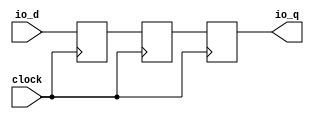
module NonSyncResetSynchronizerPrimitiveShiftReg_d3( // @[:freechips.rocketchip.system.DefaultRV32Config.fir@210488.2]
  input   clock, // @[:freechips.rocketchip.system.DefaultRV32Config.fir@210489.4]
  input   io_d, // @[:freechips.rocketchip.system.DefaultRV32Config.fir@210491.4]
  output  io_q // @[:freechips.rocketchip.system.DefaultRV32Config.fir@210491.4]
);
`ifdef RANDOMIZE_REG_INIT
  reg [31:0] _RAND_0;
  reg [31:0] _RAND_1;
  reg [31:0] _RAND_2;
`endif // RANDOMIZE_REG_INIT
  reg  sync_0; // @[SynchronizerReg.scala 59:68:freechips.rocketchip.system.DefaultRV32Config.fir@210493.4]
  reg  sync_1; // @[SynchronizerReg.scala 59:68:freechips.rocketchip.system.DefaultRV32Config.fir@210494.4]
  reg  sync_2; // @[SynchronizerReg.scala 59:68:freechips.rocketchip.system.DefaultRV32Config.fir@210495.4]
  assign io_q = sync_0; // @[SynchronizerReg.scala 67:10:freechips.rocketchip.system.DefaultRV32Config.fir@210500.4]
`ifdef RANDOMIZE_GARBAGE_ASSIGN
`define RANDOMIZE
`endif
`ifdef RANDOMIZE_INVALID_ASSIGN
`define RANDOMIZE
`endif
`ifdef RANDOMIZE_REG_INIT
`define RANDOMIZE
`endif
`ifdef RANDOMIZE_MEM_INIT
`define RANDOMIZE
`endif
`ifndef RANDOM
`define RANDOM $random
`endif
`ifdef RANDOMIZE_MEM_INIT
  integer initvar;
`endif
`ifndef SYNTHESIS
`ifdef FIRRTL_BEFORE_INITIAL
`FIRRTL_BEFORE_INITIAL
`endif
initial begin
  `ifdef RANDOMIZE
    `ifdef INIT_RANDOM
      `INIT_RANDOM
    `endif
    `ifndef VERILATOR
      `ifdef RANDOMIZE_DELAY
        #`RANDOMIZE_DELAY begin end
      `else
        #0.002 begin end
      `endif
    `endif
`ifdef RANDOMIZE_REG_INIT
  _RAND_0 = {1{`RANDOM}};
  sync_0 = _RAND_0[0:0];
  _RAND_1 = {1{`RANDOM}};
  sync_1 = _RAND_1[0:0];
  _RAND_2 = {1{`RANDOM}};
  sync_2 = _RAND_2[0:0];
`endif // RANDOMIZE_REG_INIT
  `endif // RANDOMIZE
end // initial
`ifdef FIRRTL_AFTER_INITIAL
`FIRRTL_AFTER_INITIAL
`endif
`endif // SYNTHESIS
  always @(posedge clock) begin
    sync_0 <= sync_1;
    sync_1 <= sync_2;
    sync_2 <= io_d;
  end
endmodule